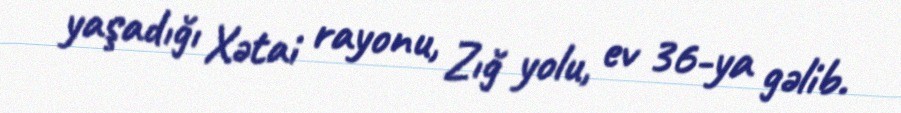
yaşadığı Xətai rayonu, Zığ yolu, ev 36-ya gəlib.